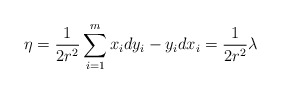
\begin{align*}\eta= \frac{1}{2r^2}\sum_{i=1}^{m}x_idy_i-y_idx_i= \frac{1}{2r^2}\lambda\end{align*}